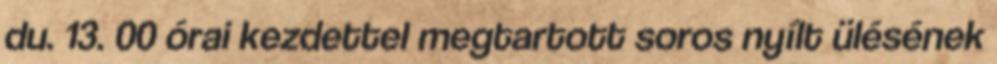
du. 13. 00 órai kezdettel megtartott soros nyílt ülésének